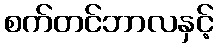
စက်တင်ဘာလနှင့်